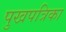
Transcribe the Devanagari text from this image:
पुखपत्रिका